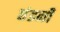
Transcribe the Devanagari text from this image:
छंडनी